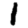
Digit: 1